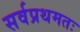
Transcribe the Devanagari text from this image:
सर्वप्रथमतः